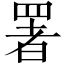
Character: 署